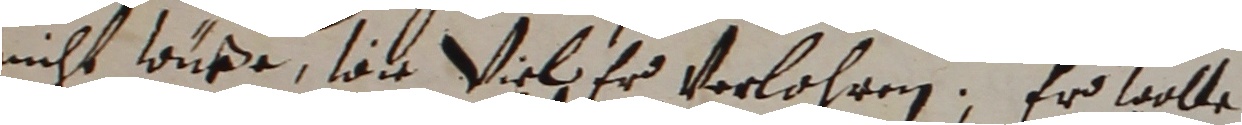
nicht wurde, wie viel er verlahren, er wolle